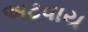
અટવાય